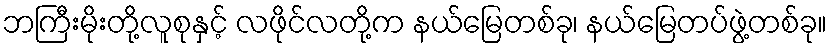
ဘကြီးမိုးတို့လူစုနှင့် လဖိုင်လတို့က နယ်မြေတစ်ခု၊ နယ်မြေတပ်ဖွဲ့တစ်ခု။